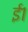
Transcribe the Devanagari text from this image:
ई१